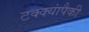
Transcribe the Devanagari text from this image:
टक्क्यांपैकी